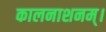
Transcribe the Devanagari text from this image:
कालनाशनम्।